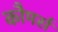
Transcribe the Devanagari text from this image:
कौमर्स